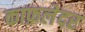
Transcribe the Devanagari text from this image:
काफ़लेदर